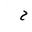
Letter: _ha